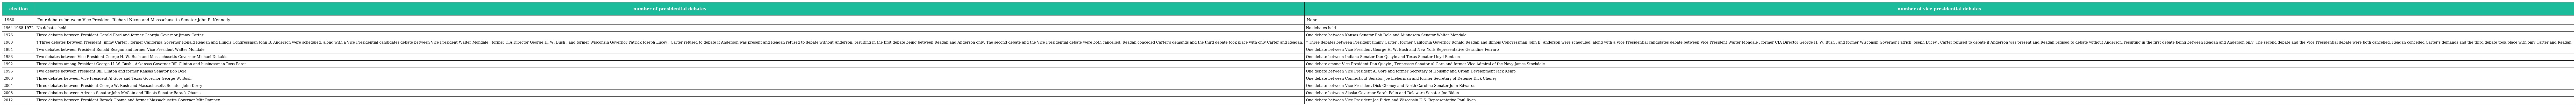
| election | number of presidential debates | number of vice presidential debates |
 | --- | --- | --- |
 | 1960 | Four debates between Vice President Richard Nixon and Massachusetts Senator John F. Kennedy | None |
 | 1964 1968 1972 | No debates held | No debates held |
 | 1976 | Three debates between President Gerald Ford and former Georgia Governor Jimmy Carter | One debate between Kansas Senator Bob Dole and Minnesota Senator Walter Mondale |
 | 1980 | † Three debates between President Jimmy Carter , former California Governor Ronald Reagan and Illinois Congressman John B. Anderson were scheduled; along with a Vice Presidential candidates debate between Vice President Walter Mondale , former CIA Director George H. W. Bush , and former Wisconsin Governor Patrick Joseph Lucey . Carter refused to debate if Anderson was present and Reagan refused to debate without Anderson, resulting in the first debate being between Reagan and Anderson only. The second debate and the Vice Presidential debate were both cancelled. Reagan conceded Carter's demands and the third debate took place with only Carter and Reagan. | † Three debates between President Jimmy Carter , former California Governor Ronald Reagan and Illinois Congressman John B. Anderson were scheduled; along with a Vice Presidential candidates debate between Vice President Walter Mondale , former CIA Director George H. W. Bush , and former Wisconsin Governor Patrick Joseph Lucey . Carter refused to debate if Anderson was present and Reagan refused to debate without Anderson, resulting in the first debate being between Reagan and Anderson only. The second debate and the Vice Presidential debate were both cancelled. Reagan conceded Carter's demands and the third debate took place with only Carter and Reagan. |
 | 1984 | Two debates between President Ronald Reagan and former Vice President Walter Mondale | One debate between Vice President George H. W. Bush and New York Representative Geraldine Ferraro |
 | 1988 | Two debates between Vice President George H. W. Bush and Massachusetts Governor Michael Dukakis | One debate between Indiana Senator Dan Quayle and Texas Senator Lloyd Bentsen |
 | 1992 | Three debates among President George H. W. Bush , Arkansas Governor Bill Clinton and businessman Ross Perot | One debate among Vice President Dan Quayle , Tennessee Senator Al Gore and former Vice Admiral of the Navy James Stockdale |
 | 1996 | Two debates between President Bill Clinton and former Kansas Senator Bob Dole | One debate between Vice President Al Gore and former Secretary of Housing and Urban Development Jack Kemp |
 | 2000 | Three debates between Vice President Al Gore and Texas Governor George W. Bush | One debate between Connecticut Senator Joe Lieberman and former Secretary of Defense Dick Cheney |
 | 2004 | Three debates between President George W. Bush and Massachusetts Senator John Kerry | One debate between Vice President Dick Cheney and North Carolina Senator John Edwards |
 | 2008 | Three debates between Arizona Senator John McCain and Illinois Senator Barack Obama | One debate between Alaska Governor Sarah Palin and Delaware Senator Joe Biden |
 | 2012 | Three debates between President Barack Obama and former Massachusetts Governor Mitt Romney | One debate between Vice President Joe Biden and Wisconsin U.S. Representative Paul Ryan |